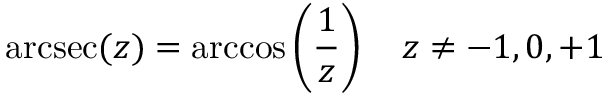
\operatorname { a r c s e c } ( z ) = \operatorname { a r c c o s } \left( { \frac { 1 } { z } } \right) \quad z \neq - 1 , 0 , + 1